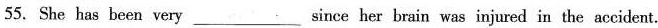
55.She has been very___since her brain was injured in the accident.